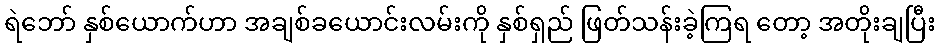
ရဲဘော် နှစ်ယောက်ဟာ အချစ်ခယောင်းလမ်းကို နှစ်ရှည် ဖြတ်သန်းခဲ့ကြရ တော့ အတိုးချပြီး